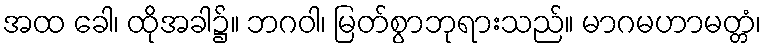
အထ ခေါ၊ ထိုအခါ၌။ ဘဂဝါ၊ မြတ်စွာဘုရားသည်။ မာဂမဟာမတ္တံ၊